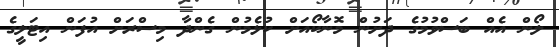
ލޯން އެއް ބަސްވުމުގެ ދަށުން މޮނާކޯއަށް ކުޅެމުން ގެންދާ މިސްރަށް އުފަން އިޓަލީގެ